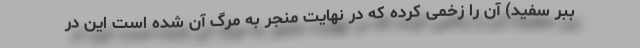
ببر سفید) آن را زخمی کرده که در نهایت منجر به مرگ آن شده است این در